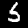
Digit: 5